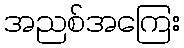
အညစ်အကြေး